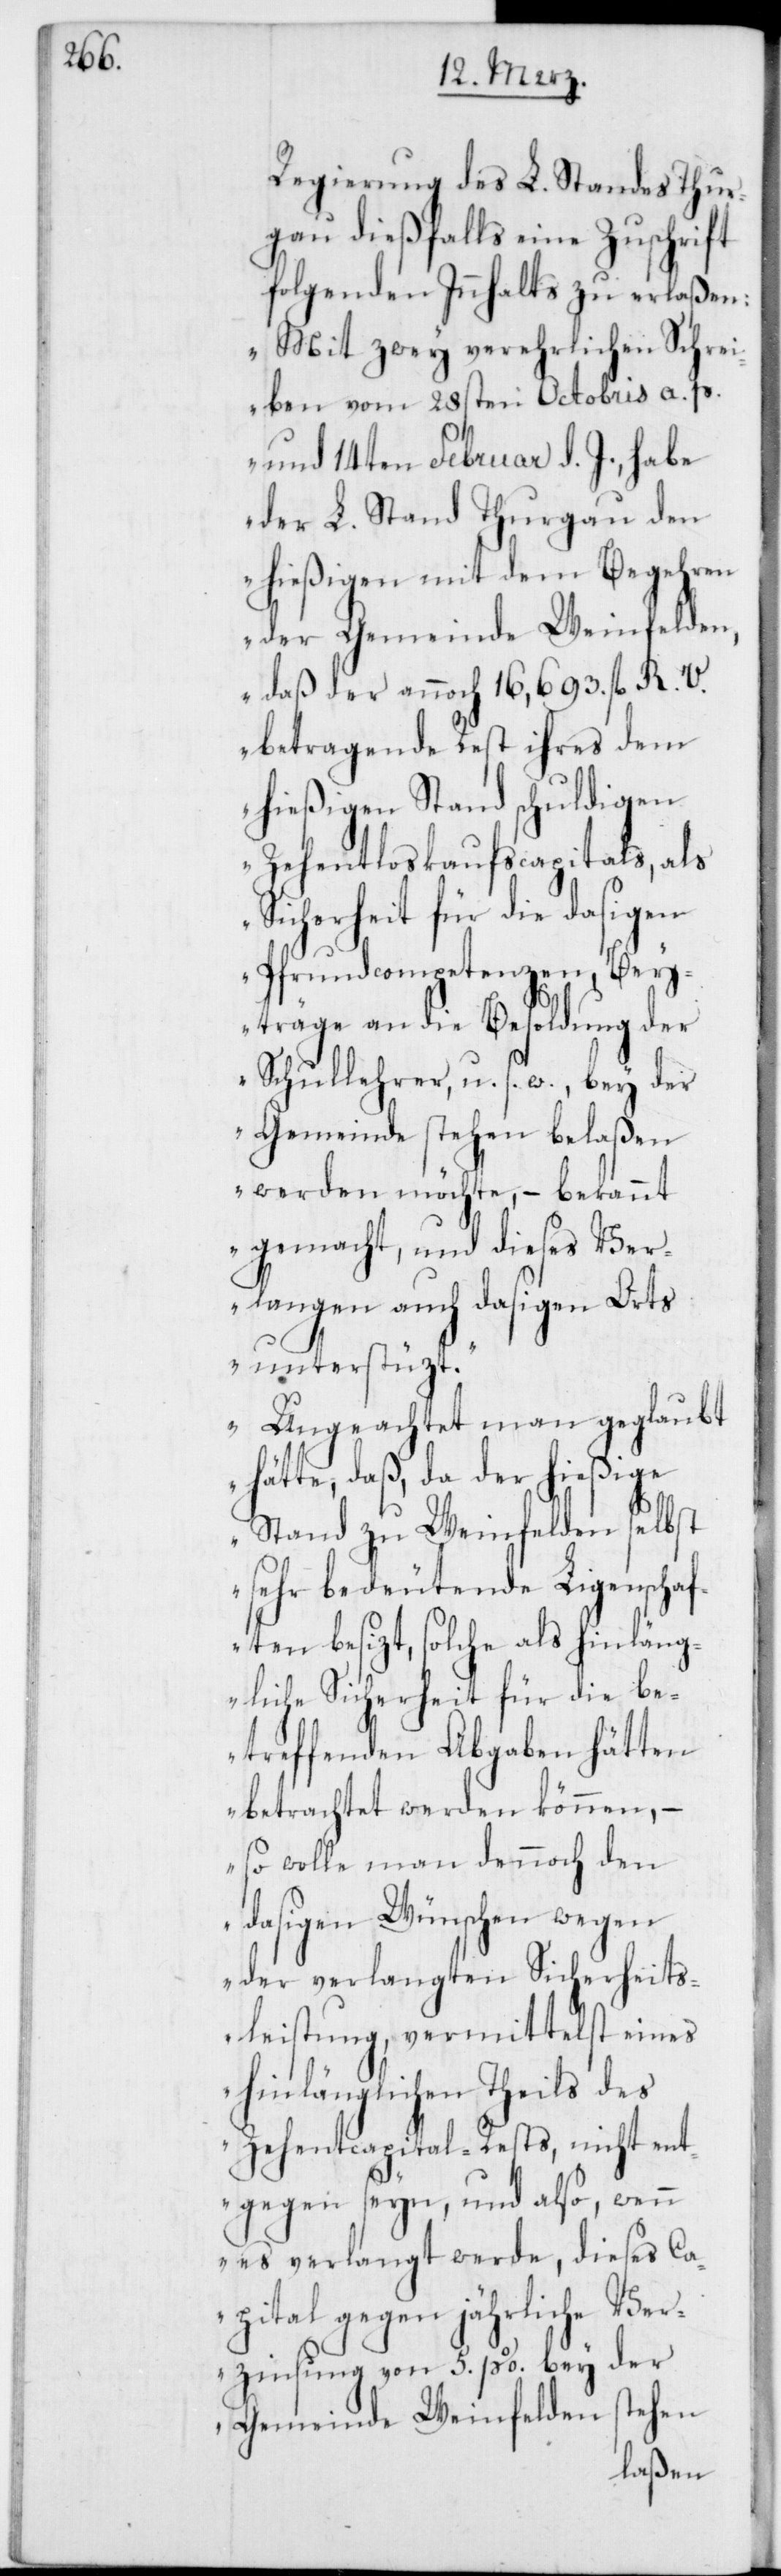
Regierung des L. Standes Thur¬
gau dießfalls eine Zuschrift
folgenden Innhalts zu erlaßen:
„Mit zwey verehrlichen Schrei¬
ben vom 28sten Octobris a. p.
und 14ten Februar d. J., habe
der L. Stand Thurgau den
hießigen mit dem Begehren
der Gemeinde Weinfelden,
daß der annoch 16,693. fl. R. V.
betragende Rest ihres dem
hießigen Stand schuldigen
Zehentloskaufscapitals, als
Sicherheit für die dasigen
Pfrundcompetenzen, Bey¬
träge an die Besoldung der
Schullehrer u. s. w., bey der
Gemeinde stehen belaßen
werden möchte, – bekannt
gemacht, und dieses Ver¬
langen auch dasigen Orts
unterstüzt.
Ungeachtet man geglaubt
hätte, daß, da der hießige
Stand zu Weinfelden selbst
sehr bedeutende Ligenschaf¬
ten besizt, solche als hinläng¬
liche Sicherheit für die be¬
treffenden Abgaben hätten
betrachtet werden können, –
so wolle man dennoch den
dasigen Wünschen wegen
der verlangten Sicherheits¬
leistung, vermittelst eines
hinlänglichen Theils des
Zehentcapital-Rests, nicht ent¬
gegen seyn, und also, wenn
es verlangt werde, dieses Ca¬
pital gegen jährliche Ver¬
zinsung von 5. p %. bey der
Gemeinde Weinfelden stehen